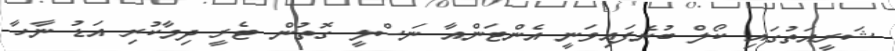
ޝަރީއަތުގައި ކޯލް ބުނެފައިވަނީ އެންޓަންއާ ނަސްލީ ގޮތުން ޓެރީ ދިމާކުރި އަޑު ނާހާ